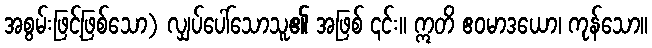
အစွမ်းဖြင့်ဖြစ်သော) လျှပ်ပေါ်သောသူ၏ အဖြစ် ၎င်း။ ဣတိ ဧဝမာဒယော၊ ကုန်သော။